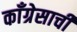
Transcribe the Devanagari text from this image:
काँग्रेसाची